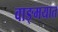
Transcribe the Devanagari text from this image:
वाङ्‍मयात